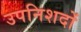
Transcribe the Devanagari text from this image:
उपनिशदों